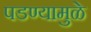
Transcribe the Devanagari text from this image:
पडण्यामुळे